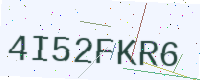
Text: 4I52FKR6